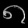
Digit: ၈